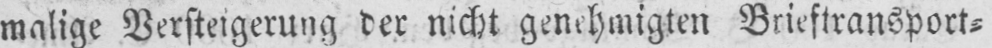
malige Versteigerung der nicht genehmigten Brieftransport⸗